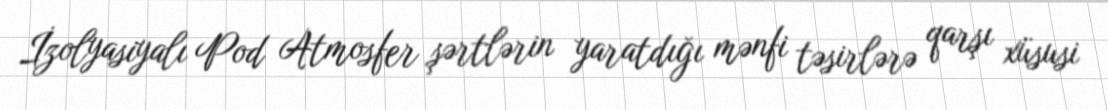
İzolyasiyalı Pod Atmosfer şərtlərin yaratdığı mənfi təsirlərə qarşı xüsusi